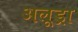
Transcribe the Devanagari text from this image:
अलूड्रा